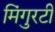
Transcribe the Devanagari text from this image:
मिंगुरटी